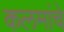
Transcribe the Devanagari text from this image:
कलमांचे